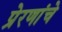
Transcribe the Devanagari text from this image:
प्रेरणांचे